Civil Veterinary Department. Madras. Admin. report 1926-33 - 1926-1933
Year: 1926
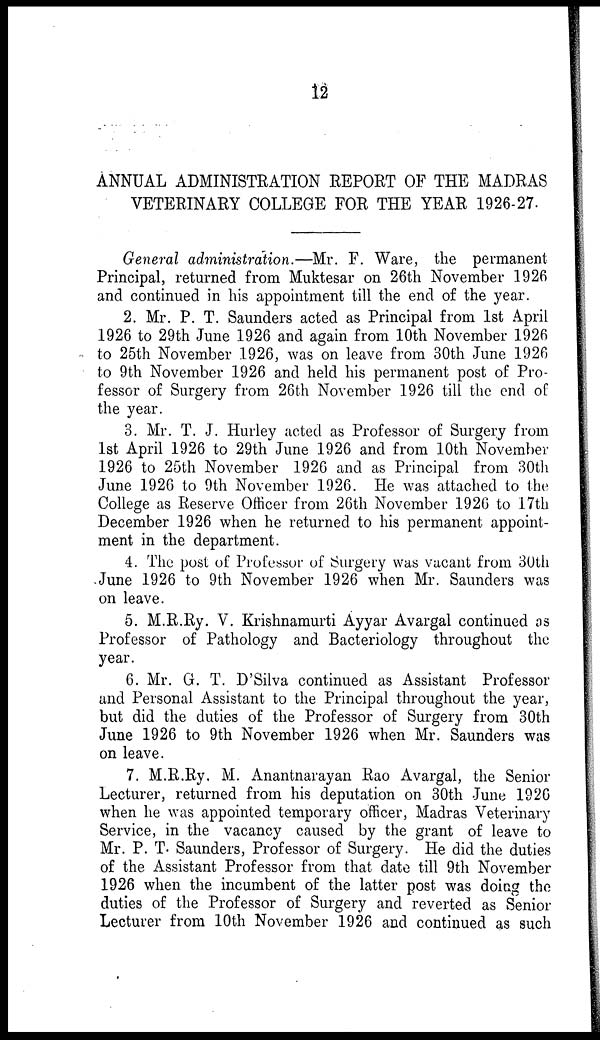
12
ANNUAL ADMINISTRATION REPORT OF THE MADRAS
VETERINARY COLLEGE FOR THE YEAR 1926-27.
General administration.—Mr. F. Ware, the permanent
Principal, returned from Muktesar on 26th November 1926
and continued in his appointment till the end of the year.
2. Mr. P. T. Saunders acted as Principal from 1st April
1926 to 29th June 1926 and again from 10th November 1926
to 25th November 1926, was on leave from 30th June 1926
to 9th November 1926 and held his permanent post of Pro-
fessor of Surgery from 26th November 1926 till the end of
the year.
3. Mr. T. J. Hurley acted as Professor of Surgery from
1st April 1926 to 29th June 1926 and from 10th November
1926 to 25th November 1926 and as Principal from 30th
June 1926 to 9th November 1926. He was attached to the
College as Reserve Officer from 26th November 1926 to 17th
December 1926 when he returned to his permanent appoint-
ment in the department.
4. The post of Professor of Surgery was vacant from 30th
June 1926 to 9th November 1926 when Mr. Saunders was
on leave.
5. M.R.Ry. V. Krishnamurti Ayyar Avargal continued as
Professor of Pathology and Bacteriology throughout the
year.
6. Mr. G. T. D'Silva continued as Assistant Professor
and Personal Assistant to the Principal throughout the year,
but did the duties of the Professor of Surgery from 30th
June 1926 to 9th November 1926 when Mr. Saunders was
on leave.
7. M.R.Ry. M. Anantnarayan Rao Avargal, the Senior
Lecturer, returned from his deputation on 30th June 1926
when he was appointed temporary officer, Madras Veterinary
Service, in the vacancy caused by the grant of leave to
Mr. P. T. Saunders, Professor of Surgery. He did the duties
of the Assistant Professor from that date till 9th November
1926 when the incumbent of the latter post was doing the
duties of the Professor of Surgery and reverted as Senior
Lecturer from 10th November 1926 and continued as such